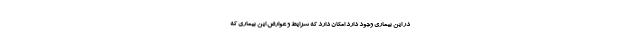
در این بیماری وجود دارد امکان دارد که شرایط و عوارض این بیماری که